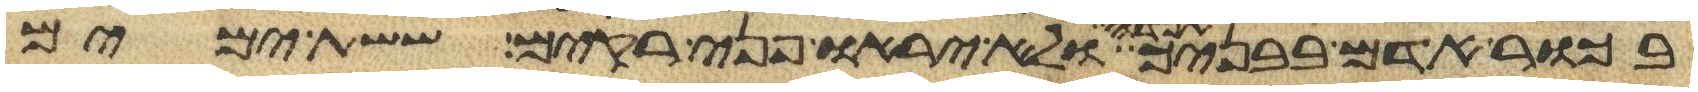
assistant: בכור אדם בבניך תפדה ולא יראו פני רקים ששת ימים